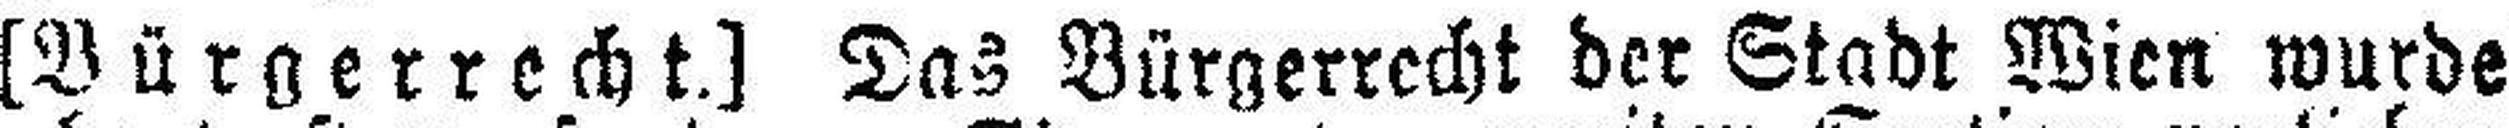
[Bürgerrecht.] Das Bürgerrecht der Stadt Wien wurde